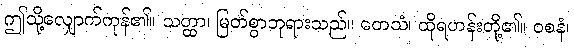
ဤသို့လျှောက်ကုန်၏။ သတ္ထာ၊ မြတ်စွာဘုရားသည်။ တေသံ၊ ထိုရဟန်းတို့၏။ ဝစနံ၊